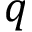
q